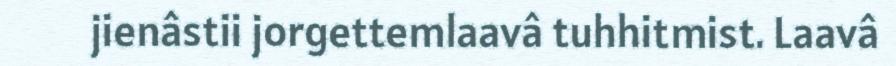
jienâstii jorgettemlaavâ tuhhitmist. Laavâ